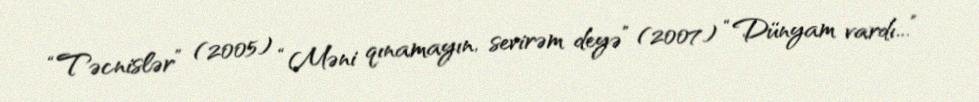
“Təcnislər” (2005) “Məni qınamayın, sevirəm deyə” (2007) “Dünyam vardı...”